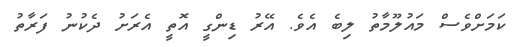
ކަމަށްވެސް މައުލޫމާތު ލިބެ އެވެ. އޭރު ޑިންގީ އޮތީ އެރަށު ދެކުނު ފަރާތު